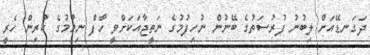
ދަގަނޑޭއަށް ލިބުނު ފުރުސަތުގެ ބޭނުން ނުހިފުމުގެ ނަތީޖާއަކަށްވީ ހާފް ނިމުމުގެ ކުރިން ހެރީ